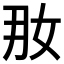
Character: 𱙊